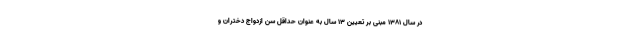
در سال ۱۳۸۱ مبنی بر تعیین ۱۳ سال به عنوان حداقل سن ازدواج دختران و